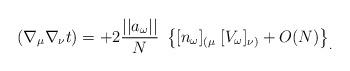
LaTeX: \begin{align*}(\nabla_\mu \nabla_\nu t)= +2 {||a_\omega|| \over N} \; \left\{ [n_\omega]_{(\mu} \;[V_\omega]_{\nu)} + O(N) \right\}_.\end{align*}